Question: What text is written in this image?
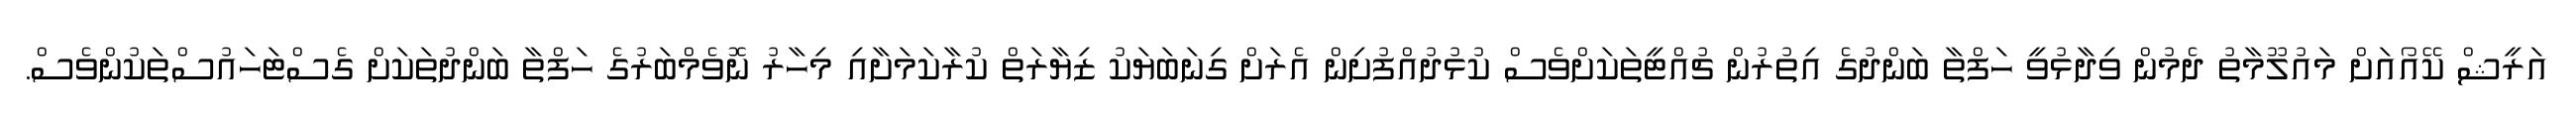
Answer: އަރީޝް ކޭއޯއަށް މައުލޫމާތު ދެމުން ވިދާޅުވީ ހަފްތާ ބަންދުގެ އިތުރުން ޗުއްޓީތަކަށްވެސް ކުޅުދުއްފުށިން އެރަށް ގިނަބަޔަކު ޒިޔާރަތް ކުރާކަމަށާއި މިހާރު ނޮވެމްބަރުގެ ހަފްތާ ބަންދުތަކަށް ގެސްޓަހައުސްތަކުންވެސް.